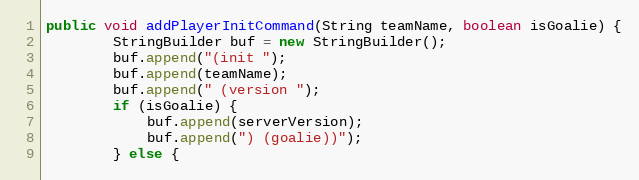
Language: Java
public void addPlayerInitCommand(String teamName, boolean isGoalie) {
        StringBuilder buf = new StringBuilder();
        buf.append("(init ");
        buf.append(teamName);
        buf.append(" (version ");
        if (isGoalie) {
            buf.append(serverVersion);
            buf.append(") (goalie))");
        } else {